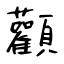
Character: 顴